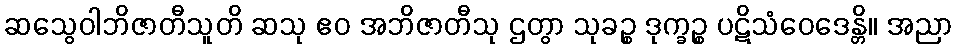
ဆသွေဝါဘိဇာတီသူတိ ဆသု ဧဝ အဘိဇာတီသု ဌတွာ သုခဉ္စ ဒုက္ခဉ္စ ပဋိသံဝေဒေန္တိ။ အညာ